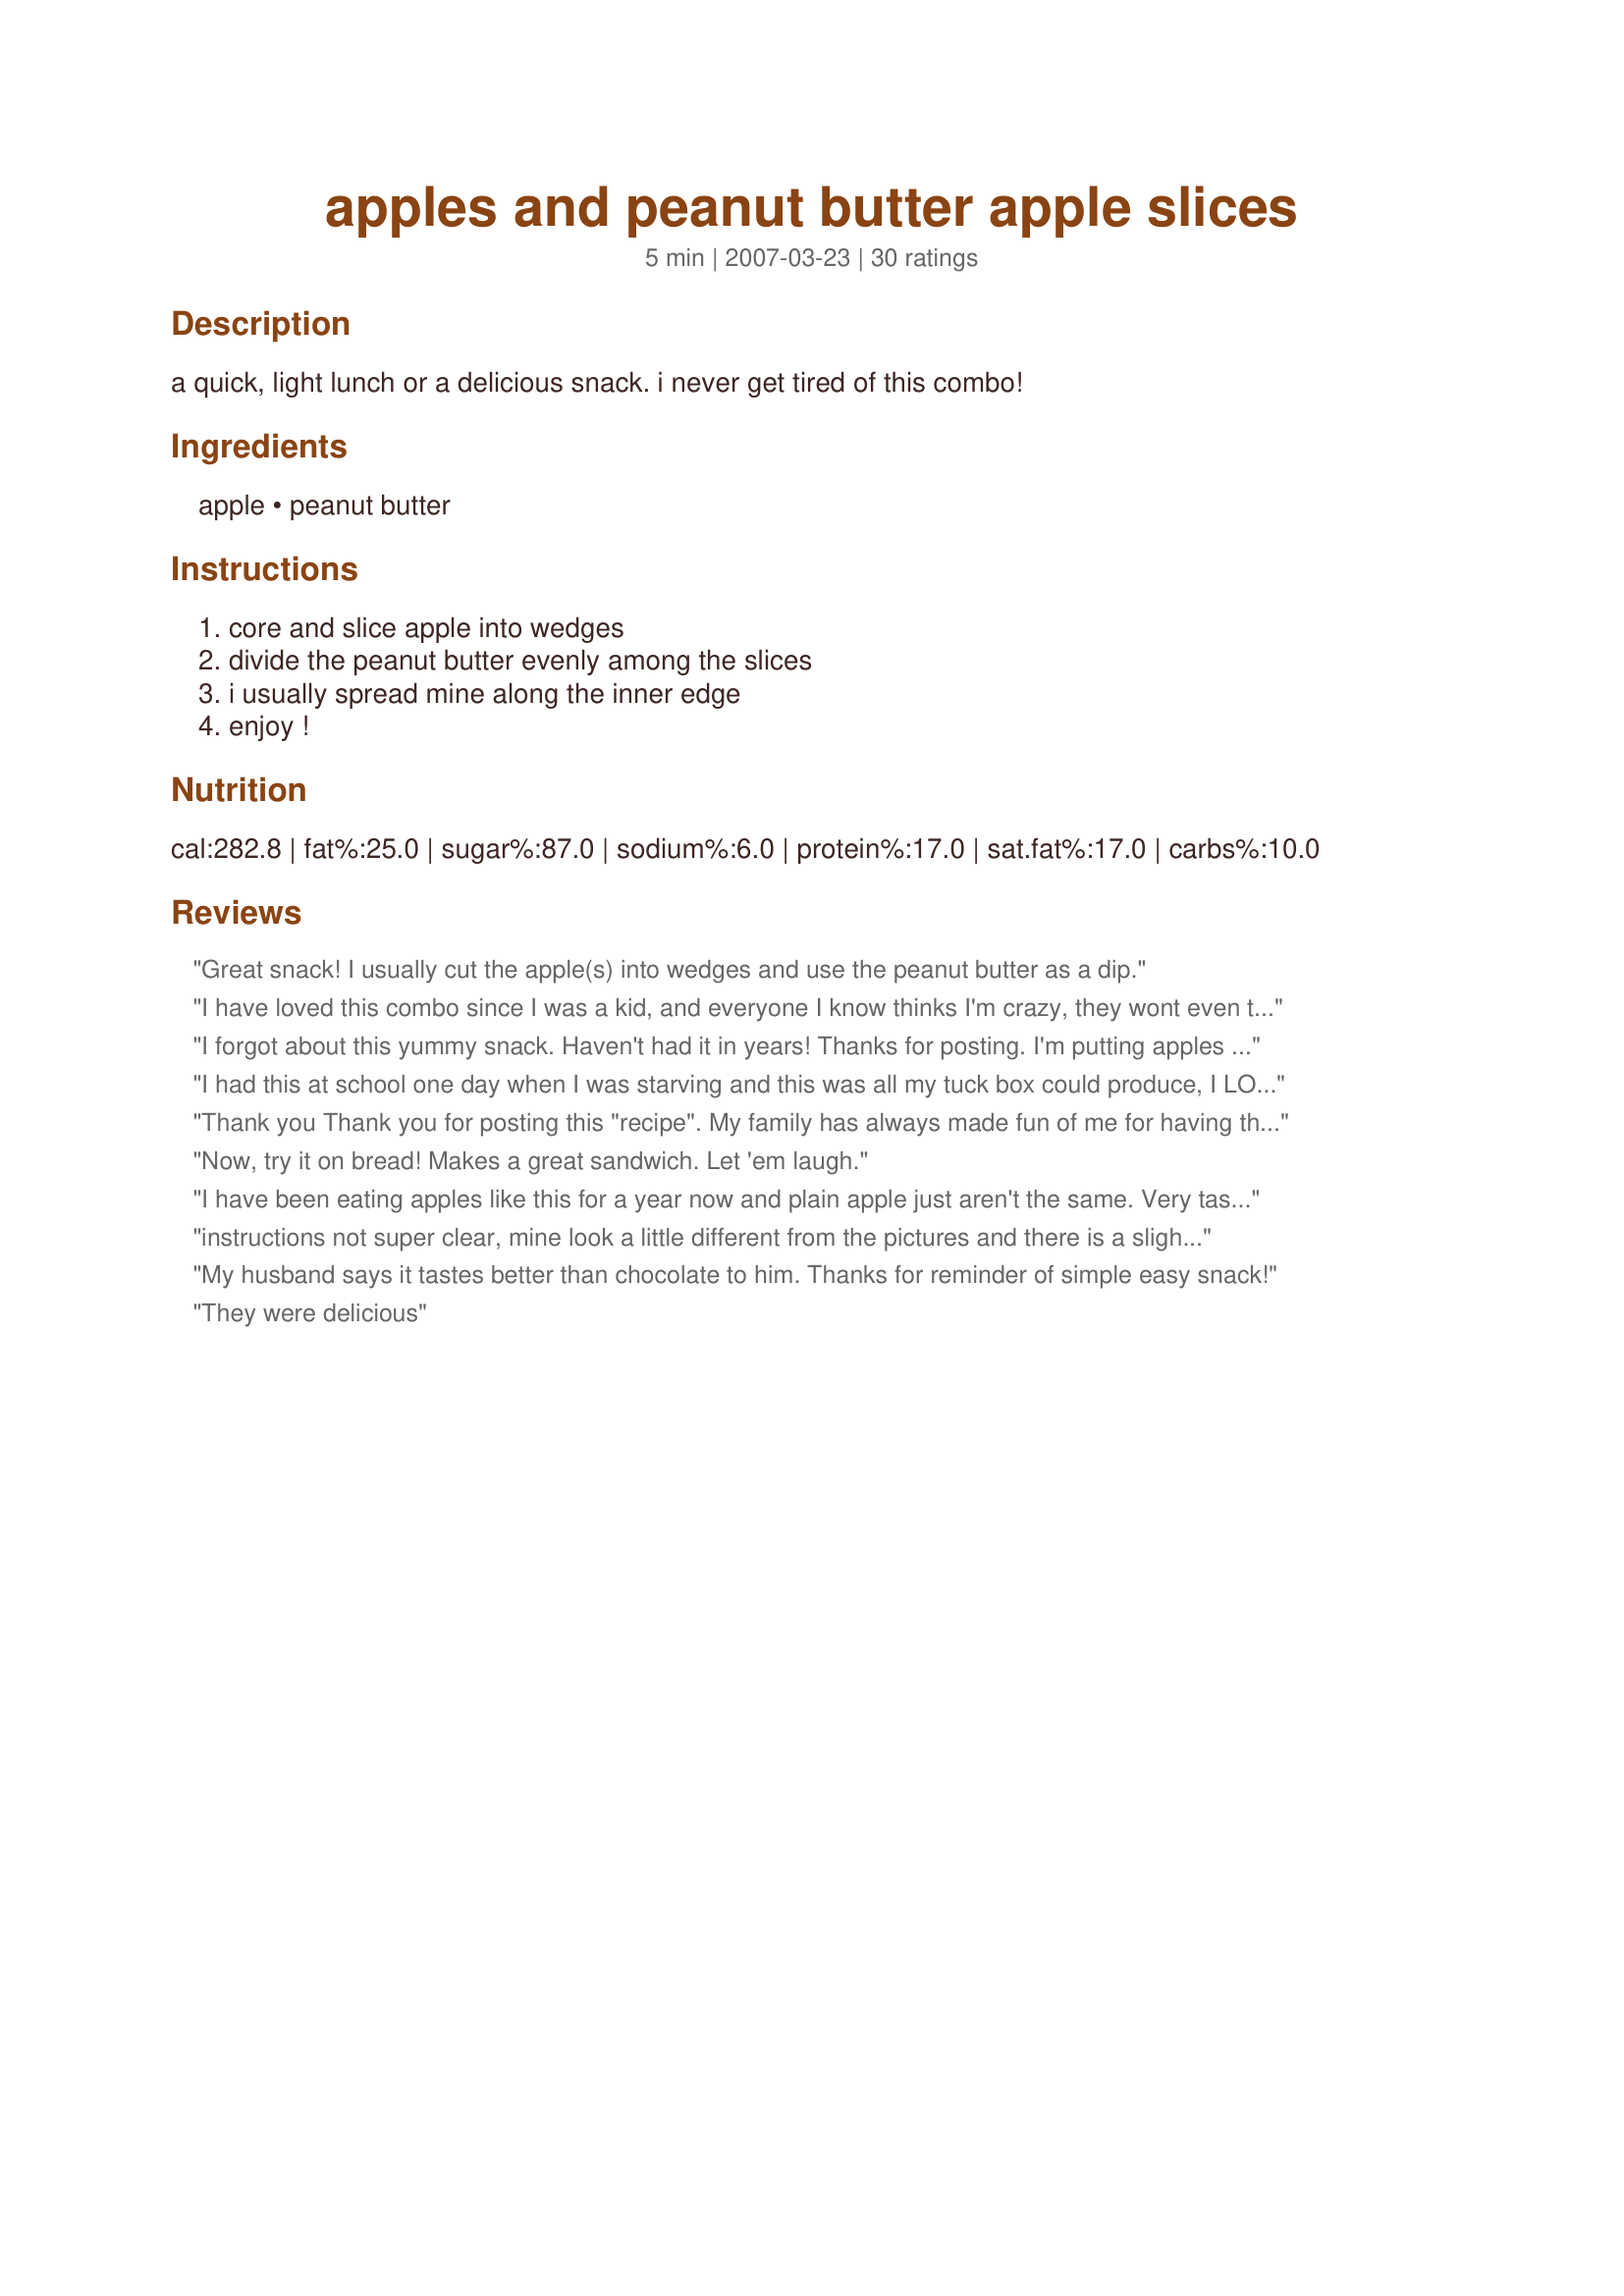
apples and peanut butter apple slices
Preparation time: 5 minutes

a quick, light lunch or a delicious snack. i never get tired of this combo!

Ingredients:
apple, peanut butter

Steps:
core and slice apple into wedges, divide the peanut butter evenly among the slices, i usually spread mine along the inner edge, enjoy !

Reviews:
Great snack! I usually cut the apple(s) into wedges and use the peanut butter as a dip.
I have loved this combo since I was a kid, and everyone I know thinks I'm crazy, they wont even try it, I say they are the crazy ones. This is also great in a sandwich!! Just be sure to spread the peanut butter on both sides of the bread, and no butter or marg!! Love it!!
I forgot about this yummy snack. Haven't had it in years! Thanks for posting. I'm putting apples on my shopping list today!
I had this at school one day when I was starving and this was all my tuck box could produce, I LOVE peanut butter and apples so it was a perfect match for me. Thanks for posting. Miss Pixie x x x :D
Thank you Thank you for posting this "recipe". My family has always made fun of me for having this over peanut butter and celery...I get the last laugh this time :-)
Now, try it on bread! Makes a great sandwich. Let 'em laugh.
I have been eating apples like this for a year now and plain apple just aren't the same. Very tasty, thank you for posting.
instructions not super clear, mine look a little different from the pictures and there is a slight burned taste.
My husband says it tastes better than chocolate to him. Thanks for reminder of simple easy snack!
They were delicious
This is my comfort food! I eat it for any meal or for just a snack! My favorite are Gala apples and Skippy Chunky peanut butter. Yummy!
Yes, this is one of the all-time great snacks.
This is my favorite breakfast. I have even bought the already sliced apples at the store, and have that with the mini containers of jif peanut butter I keep in my desk at work for an easy lunch. I also have not ever gotten tired of this combo :)
Healthy and easy snack to make. I enjoy this when craving something sweet. Any eating apple will taste great with peanut butter! Thank you Marg for posting.
Love this snack!
A great snack, so easy too! I never tried before but now its going to be a regular. Thanks for posting. And what an excellent photo,too!
I have eaten this since I was a child. Always a winning combo!
Loved this!!!!
A classic favorite I have enjoyed since I was a kid and still love. Now I like it with organic crunchy PB.
Always a great combo!
Call this a recipe? I thought everyone did this... but I commend you for sharing with those who may be unfortunate enough to have never tried it!
We eat this all the time! So tasty and easy, and healthy!
A deliciuos and healthy way to start the day, and end it too! So very good! Thanks Marg~ Made for the Sweet Delights game in the TOTM forum.
The best snack. I have eaten apples with PB -- creamy or crunchy -- for my entire life, and love it just as much now as an adult as I did at 7 years old. :)
Not sure that I call this a recipe, because I've been having it for years and it's only two ingredients....but very yummy!
I never heard of this until a few months ago - delicious, especially with some raisins on top of the peanut butter.
What a wonderful snack idea, Marg! Both my sis and me enjoyed this soooooo much for an early morning snack. YUM! <br/>THANK YOU SO MUCH for sharing this great idea here with us!<br/>Made and reviewed for the 10 day photographic challenge in the photo forum January 2011.
My son loved this snack. Thanks Marg :) Made for all you can cook buffet
I gave this 4 stars. My newphews & niece really like this little simple healthly snack. Thanks for posting a kid approved recipe! Christine (internetnut)
This is my favorite way to eat an apple, especially a Honeycrisp. But I have a little special trick...microwave the pb just until it is slightly melted (just 30 seconds for my microwave) and stir. Now you have melted, slightly warm peanut butter that is a better dipping consistency. Sublime!
